Report of the Indian Hemp Drugs Commission, 1894-1895 - Volume IV
Year: 1894
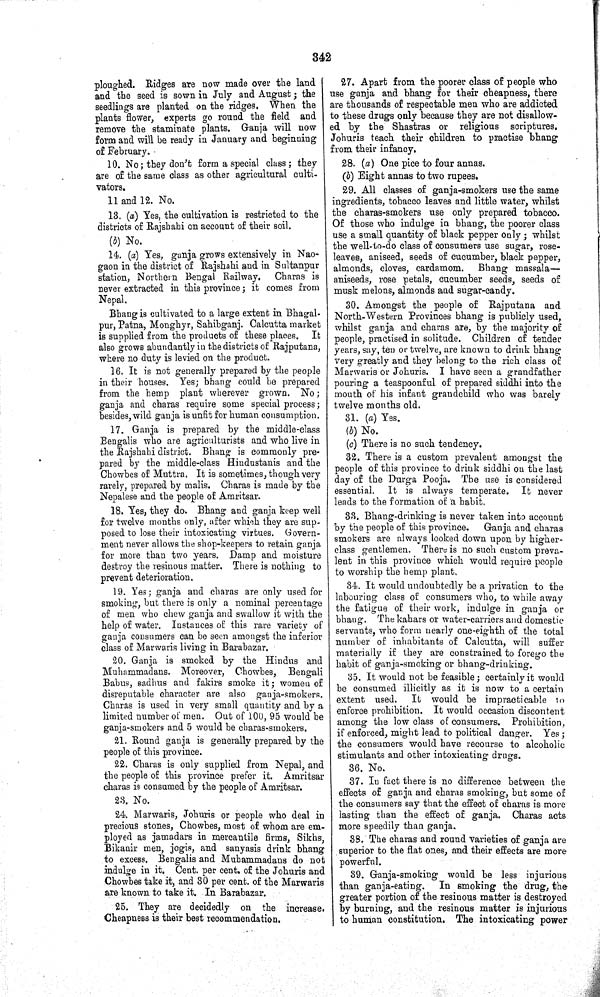
342
ploughed. Ridges are now made over the land
and the seed is sown in July and August; the
seedlings are planted on the ridges. When the
plants flower, experts go round the field and
remove the staminate plants. Ganja will now
form and will be ready in January and beginning
of February.
10. No; they don't form a special class; they
are of the same class as other agricultural culti-
vators.
11 and 12. No.
13. (a) Yes, the cultivation is restricted to the
districts of Rajshahi on account of their soil.
(b) No.
14. (a) Yes, ganja grows extensively in Nao-
gaon in the district of Rajshahi and in Sultanpur
station, Northern Bengal Railway.
Charas is
never extracted in this province; it comes from
Nepal.
Bhang is cultivated to a large extent in Bhagal-
pur, Patna, Monghyr, Sahibganj. Calcutta market
is supplied from the products of these places. It
also grows abundantly in the districts of Rajputana,
where no duty is levied on the product.
16. It is not generally prepared by the people
in their houses. Yes; bhang could be prepared
from the hemp plant wherever grown. No;
ganja and charas require some special process;
besides, wild ganja is unfit for human consumption.
17. Ganja is prepared by the middle-class
Bengalis who are agriculturists and who live in
the Rajshahi district. Bhang is commonly pre-
pared by the middle-class Hindustanis and the
Chowbes of Muttra. It is sometimes, though very
rarely, prepared by malis. Charas is made by the
Nepalese and the people of Amritsar.
18. Yes, they do. Bhang and ganja keep well
for twelve months only, after which they are sup-
posed to lose their intoxicating virtues. Govern-
ment never allows the shop-keepers to retain ganja
for more than two years. Damp and moisture
destroy the resinous matter. There is nothing to
prevent deterioration.
19. Yes; ganja and charas are only used for
smoking, but there is only a nominal percentage
of men who chew ganja and swallow it with the
help of water. Instances of this rare variety of
ganja consumers can be seen amongst the inferior
class of Marwaris living in Barabazar.
20. Ganja is smoked by the Hindus and
Muhammadans. Moreover, Chowbes, Bengali
Babus, sadhus and fakirs smoke it; women of
disreputable character are also ganja-smokers.
Charas is used in very small quantity and by a
limited number of men. Out of 100, 95 would be
ganja-smokers and 5 would be charas-smokers.
21. Round ganja is generally prepared by the
people of this province.
22. Charas is only supplied from Nepal, and
the people of this province prefer it. Amritsar
charas is consumed by the people of Amritsar.
23. No.
24. Marwaris, Johuris or people who deal in
precious stones, Chowbes, most of whom are em-
ployed as jamadars in mercantile firms, Sikhs,
Bikanir men, jogis, and sanyasis drink bhang
to excess. Bengalis and Muhammadans do not
indulge in it. Cent. per cent. of the Johuris and
Chowbes take it, and 30 per cent. of the Marwaris
are known to take it. In Barabazar.
25. They are decidedly on the increase.
Cheapness is their best recommendation.
27. Apart from the poorer class of people who
use ganja and bhang for their cheapness, there
are thousands of respectable men who are addicted
to these drugs only because they are not disallow-
ed by the Shastras or religious scriptures.
Johuris teach their children to practise bhang
from their infancy.
28. (a) One pice to four annas.
(b) Eight annas to two rupees.
29. All classes of ganja-smokers use the same
ingredients, tobacco leaves and little water, whilst
the charas-smokers use only prepared tobacco.
Of those who indulge in bhang, the poorer class
use a small quantity of black pepper only; whilst
the well-to-do class of consumers use sugar, rose-
leaves, aniseed, seeds of cucumber, black pepper,
almonds, cloves, cardamom. Bhang massala—
aniseeds, rose petals, cucumber seeds, seeds of
musk melons, almonds and sugar-candy.
30. Amongst the people of Rajputana and
North-Western Provinces bhang is publicly used,
whilst ganja and charas are, by the majority of
people, practised in solitude. Children of tender
years, say, ten or twelve, are known to drink bhang
very greatly and they belong to the rich class of
Marwaris or Johuris. I have seen a grandfather
pouring a teaspoonful of prepared siddhi into the
mouth of his infant grandchild who was barely
twelve months old.
31. (a) Yes.
(b) No.
(c) There is no such tendency.
32. There is a custom prevalent amongst the
people of this province to drink siddhi on the last
day of the Durga Pooja. The use is considered
essential. It is always temperate. It never
leads to the formation of a habit.
33. Bhang-drinking is never taken into account
by the people of this province.
Ganja and charas
smokers are always looked down upon by higher-
class gentlemen. There is no such custom preva-
lent in this province which would require people
to worship the hemp plant.
34. It would undoubtedly be a privation to the
labouring class of consumers who, to while away
the fatigue of their work, indulge in ganja or
bhang. The kahars or water-carriers and domestic
servants, who form nearly one-eighth of the total
number of inhabitants of Calcutta, will suffer
materially if they are constrained to forego the
habit of ganja-smoking or bhang-drinking.
35. It would not be feasible; certainly it would
be consumed illicitly as it is now to a certain
extent used. It would be impracticable to
enforce prohibition. It would occasion discontent
among the low class of consumers. Prohibition,
if enforced, might lead to political danger. Yes;
the consumers would have recourse to alcoholic
stimulants and other intoxicating drugs.
36. No.
37. In fact there is no difference between the
effects of ganja and charas smoking, but some of
the consumers say that the effect of charas is more
lasting than the effect of ganja. Charas acts
more speedily than ganja,
38. The charas and round varieties of ganja are
superior to the flat ones, and their effects are more
powerful.
39. Ganja-smoking would be less injurious
than ganja-eating.
In smoking the drug, the
greater portion of the resinous matter is destroyed
by burning, and the resinous matter is injurious
to human constitution. The intoxicating power